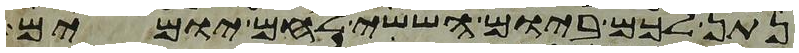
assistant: נתן לכם ביום הששי לחם יומים